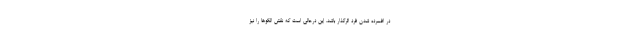
در افسرده شدن فرد اثرگذار باشد. این درحالی است که نقش الگوها را نیز